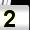
Digit: 2